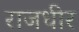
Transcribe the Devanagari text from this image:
राजधीर